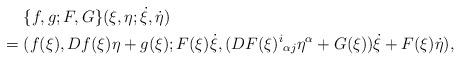
LaTeX: \begin{align*}&\hphantom{{}={}}\{f,g;F,G\}(\xi,\eta;\dot{\xi},\dot{\eta})\\*&=(f(\xi),Df(\xi)\eta+g(\xi);F(\xi)\dot{\xi},(DF(\xi)^i{}_{\alpha j}\eta^\alpha+G(\xi))\dot{\xi}+F(\xi)\dot{\eta}),\end{align*}